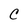
Character: C